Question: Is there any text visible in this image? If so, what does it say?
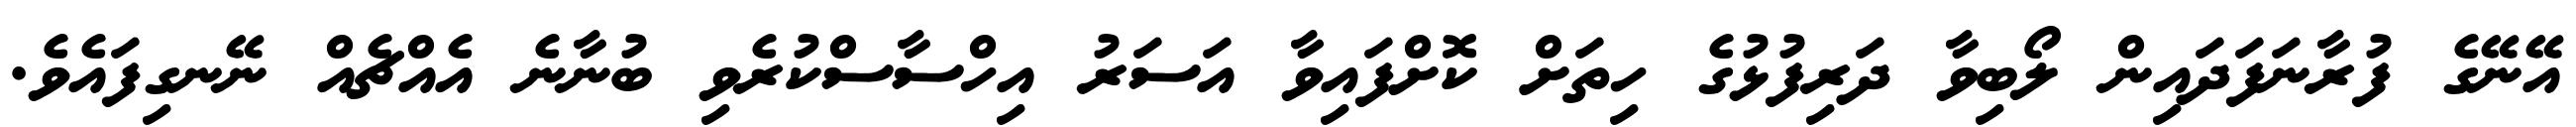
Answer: އޭނޭގެ ފުރާނަފަދައިން ލޯބިވާ ދަރިފުޅުގެ ހިތަށް ކޮށްފައިވާ އަސަރު އިހްސާސްކުރެވި ބުނާނެ އެއްޗެއް ނޭނގިފައެވެ.